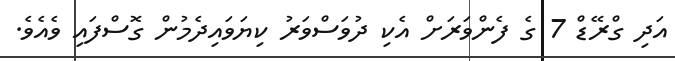
އަދި ގްރޭޑް 7 ގެ ފެންވަރަށް އެކި ދުވަސްވަރު ކިޔަވައިދެމުން ގޮސްފައި ވެއެވެ.